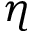
\eta